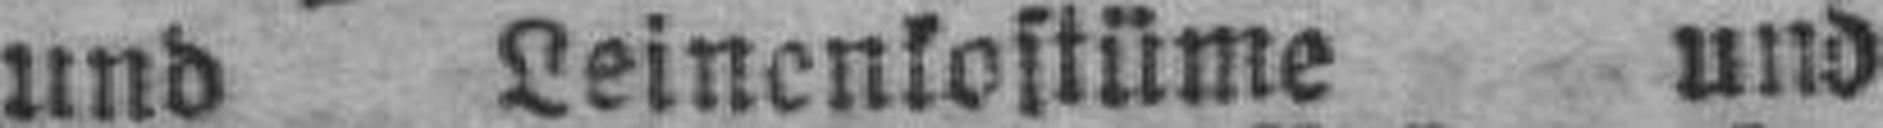
und Leinenkostüme und